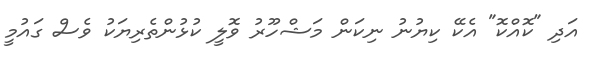
އަދި "ކޮއްކޮ" އެކޭ ކިޔުނު ނިކަން މަޝްހޫރު ވޮލީ ކުޅުންތެރިޔަކު ވެސް ގައުމީ